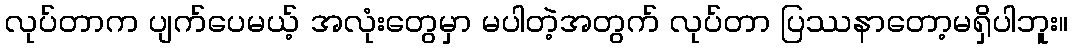
လုပ်တာက ပျက်ပေမယ့် အလုံးတွေမှာ မပါတဲ့အတွက် လုပ်တာ ပြဿနာတော့မရှိပါဘူး။